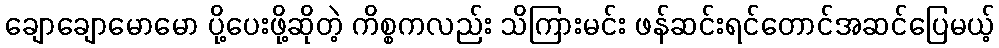
ချောချောမောမော ပို့ပေးဖို့ဆိုတဲ့ ကိစ္စကလည်း သိကြားမင်း ဖန်ဆင်းရင်တောင်အဆင်ပြေမယ့်